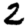
Digit: 2